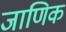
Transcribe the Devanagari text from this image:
जाणिक